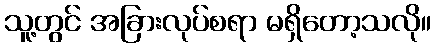
သူ့တွင် အခြားလုပ်စရာ မရှိတော့သလို။